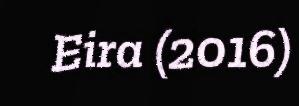
Eira (2016)